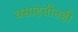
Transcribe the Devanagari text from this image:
वसाहतीतही